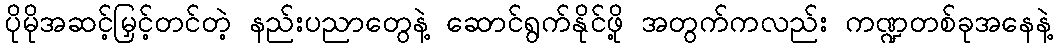
ပိုမိုအဆင့်မြှင့်တင်တဲ့ နည်းပညာတွေနဲ့ ဆောင်ရွက်နိုင်ဖို့ အတွက်ကလည်း ကဏ္ဍတစ်ခုအနေနဲ့